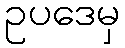
ဥပဒေမှ